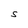
Character: S